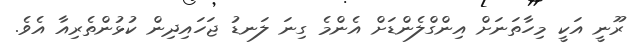
ރޫނީ އަކީ މިހާތަނަށް އިންގްލެންޑަށް އެންމެ ގިނަ ލަނޑު ޖަހައިދިން ކުޅުންތެރިއާ އެވެ.